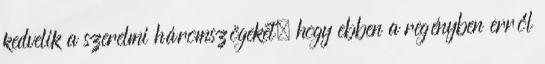
kedvelik a szerelmi háromszögeket, hogy ebben a regényben erről